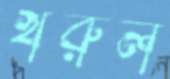
খরুল